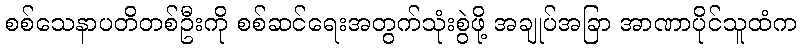
စစ်သေနာပတိတစ်ဦးကို စစ်ဆင်ရေးအတွက်သုံးစွဲဖို့ အချုပ်အခြာ အာဏာပိုင်သူထံက